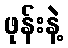
ဖုန်းနဲ့